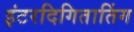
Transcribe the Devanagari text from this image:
इंटरदिगितातिंग